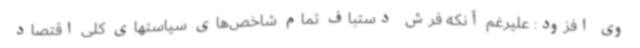
وی افزود: علیرغم آنکه فرش دستباف تمام شاخص‌های سیاستهای کلی اقتصاد